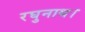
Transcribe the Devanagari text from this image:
रघुनाथ।